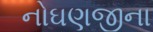
નોઘણજીના